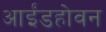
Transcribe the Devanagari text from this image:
आईंडहोवन